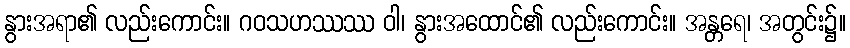
နွားအရာ၏ လည်းကောင်း။ ဂဝသဟဿဿ ဝါ၊ နွားအထောင်၏ လည်းကောင်း။ အန္တရေ၊ အတွင်း၌။